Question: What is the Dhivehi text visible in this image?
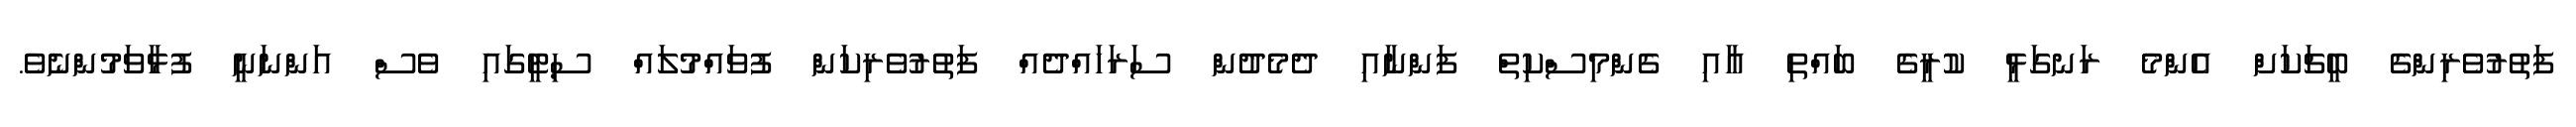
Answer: ފަތުރުވެރިންގެ ބީޗަކަށް އެންމެ ރަނގަޅީ ކުރީގެ ބައްތި އާއި ގެންމިސްކިތް ފަންނާއި ދެމެދުން ސަރަހައްދެއް ފަތުރުވެރިކަން ފުވައްމުލައް ސިޓީގައި ވެސް އަންނަނީ ފުޅާވަމުންނެވެ.